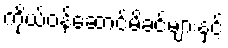
ကိုယ်ဝန်ဆောင်မိခင်များနှင့်